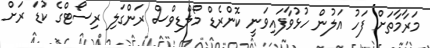
މަރާމާތަށް ފަހު އަލުން ހުޅުވާފައިވަނީ ކޮންރެޑް މޯލްޑިވްސް ރަންގަލި ރިސޯޓްގެ ކުޑަ ރަށް